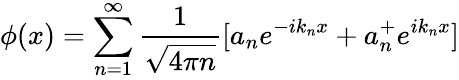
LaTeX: \phi(x)=\sum_{n=1}^{\infty}{\frac{1}{\sqrt{4\pi n}}}[a_{n}e^{-ik_{n}x}+a_{n}^{+}e^{ik_{n}x}]